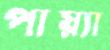
পায়্যা